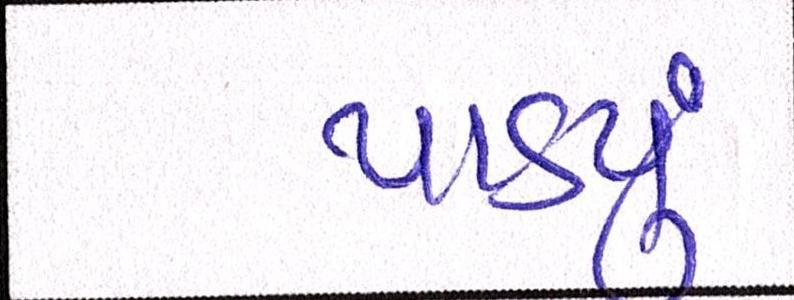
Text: પાડ્યું